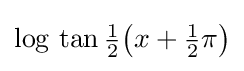
{\textstyle \log \,\tan {\tfrac {1}{2}}{\bigl (}x+{\tfrac {1}{2}}\pi {\bigr )}}